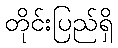
တိုင်းပြည်ရှိ